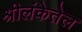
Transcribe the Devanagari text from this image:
श्रीलंकेतेल